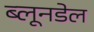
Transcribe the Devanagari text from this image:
ब्लूनडेल